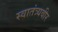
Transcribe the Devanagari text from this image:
स्‍वातंत्र्यवीर